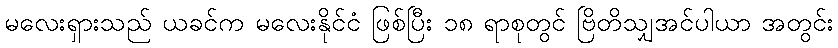
မလေးရှားသည် ယခင်က မလေးနိုင်ငံ ဖြစ်ပြီး ၁၈ ရာစုတွင် ဗြိတိသျှအင်ပါယာ အတွင်း